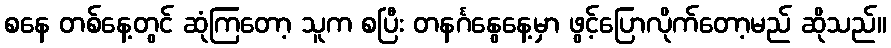
စနေ တစ်နေ့တွင် ဆုံကြတော့ သူက စပြီး တနင်္ဂနွေနေ့မှာ ဖွင့်ပြောလိုက်တော့မည် ဆိုသည်။